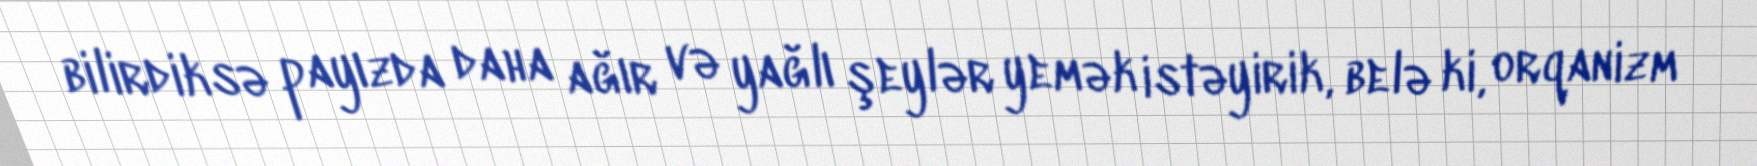
bilirdiksə payızda daha ağır və yağlı şeylər yemək istəyirik, belə ki, orqanizm